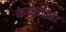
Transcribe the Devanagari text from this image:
कस्तोझा